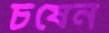
চষেন